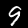
Digit: 9